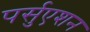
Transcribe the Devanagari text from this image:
पर्सुएशन